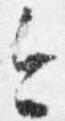
今